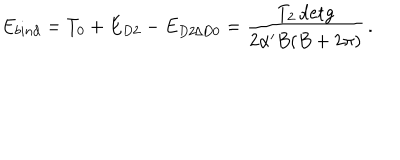
LaTeX: E _ { b i n d } = T _ { 0 } + E _ { D 2 } - E _ { D 2 / D 0 } = \frac { T _ { 2 } \, \mathrm { d e t } g } { 2 \alpha ^ { \prime } B ( B + 2 \pi ) } \, .